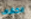
الكشاف